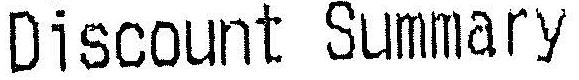
DISCOUNT SUMMARY